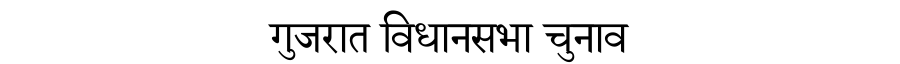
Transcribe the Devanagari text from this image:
गुजरात विधानसभा चुनाव